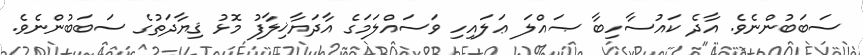
ސަބަބުންނެވެ. އާދެ ކައުސާހިބާ ޞައްލަ ޢަލައިހި ވަސައްލަމަގެ އާދަޔާޚިލާފު މޮޅު ޤިޔާދަތުގެ ސަބަބުންނެވެ.